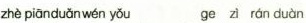
zhè piānduǎnwén yǒu ge z rán duàn